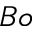
B o